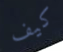
كيف